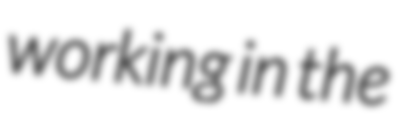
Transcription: working in the